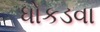
ધોકડવા